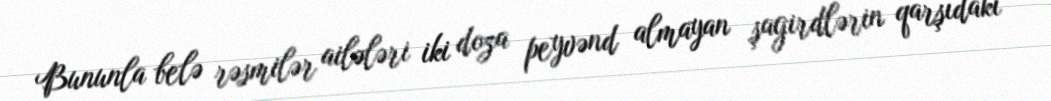
Bununla belə rəsmilər ailələri iki doza peyvənd almayan şagirdlərin qarşıdakı